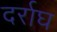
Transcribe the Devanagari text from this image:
दर्राघ